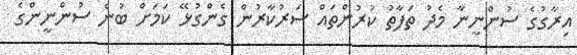
އިރާގުގެ ސުންނީނާ މެދު ތަފާތު ކުރުންތައް ސަރުކާރުން ގެންގުޅޭ ކަމަށް ބުނެ ސުންނީންގެ